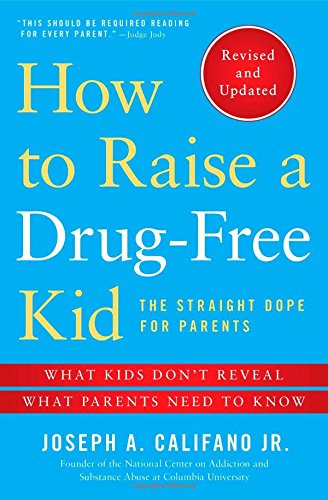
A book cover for How to Raise a Drug-Free Kid: The Straight Dope for Parents; Joseph A. Califano Jr.; Parenting & Relationships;